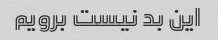
این بد نیست برویم